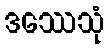
ဒဿေသုံ